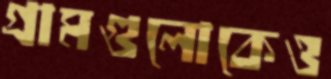
গ্রামগুলোকেও